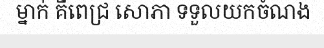
ម្នាក់ គឺពេជ្រ សោភា ទទួលយកចំណង